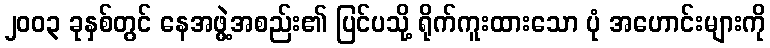
၂၀၀၃ ခုနှစ်တွင် နေအဖွဲ့အစည်း၏ ပြင်ပသို့ ရိုက်ကူးထားသော ပုံ အဟောင်းများကို